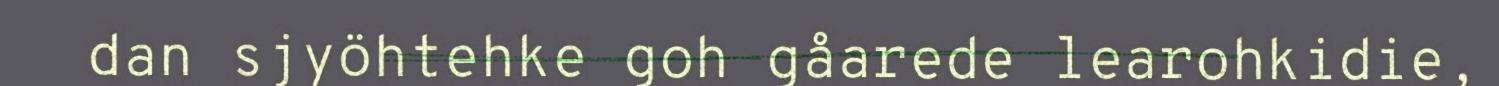
dan sjyöhtehke goh gåarede learohkidie,